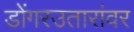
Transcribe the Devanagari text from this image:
डोंगरउतारांवर